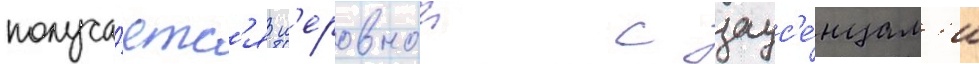
получа́етс'я н'еровнои с заус'е́нцам'и